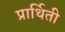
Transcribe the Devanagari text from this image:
प्रार्थिती